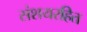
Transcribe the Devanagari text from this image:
संशयरहित